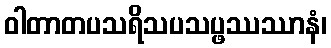
ဝါတာတပသရိသပသပ္ဖဿဿာနံ၊